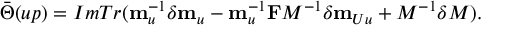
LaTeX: \bar { \Theta } ( u p ) = I m T r ( { \bf m } _ { u } ^ { - 1 } \delta { \bf m } _ { u } - { \bf m } _ { u } ^ { - 1 } { \bf F } M ^ { - 1 } \delta { \bf m } _ { U u } + M ^ { - 1 } \delta M ) .